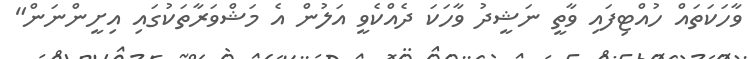
ވާހަކަތައް ހުއްޓިފައި ވާތީ ނަޝީދު ވާހަކަ ދެއްކެވީ އަލުން އެ މަޝްވަރާތަކުގައި އިށީންނަން"